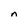
Character: n